Lunatic asylums United Prov. 1922-30 - 1922-1930
Year: 1922
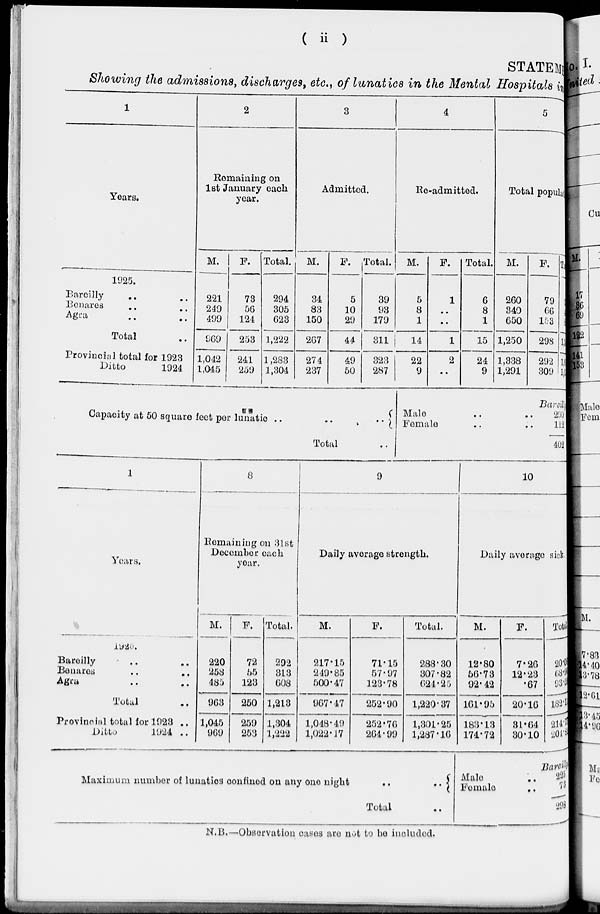
( ii )
STATEMENT
Showing the admissions, discharges, etc., of lunatics in the Mental Hospitals in
1
Years.
1925.
Bareilly .. ..
Bonares .. ..
Agra .. ..
Total ..
Provincial total for 1923
Ditto
1924
2
Remaining on
1st January each
year.
M.
221
249
499
969
1,042
1,045
F.
73
56
124
253
241
259
Total.
294
305
623
1,222
1,283
1,304
3
Admitted.
M.
34
83
150
207
274
237
F.
5
10
29
44
49
50
Total.
39
93
179
311
323
287
4
Re-admitted.
M.
5
8
1
14
22
9
F.
1
..
..
1
2
..
Total.
6
8
1
15
24
9
5
Total population
M.
260
340
650
1,250
1,338
1,291
F.
79
66
153
298
292
309
Total
339
406
803
1,548
1,600
1600
Capacity at 50 square feet per lunatic ..
Total
Male
Female
Bareilly
290
112
402
1
Years.
1925.
Bareilly .. ..
Benares .. ..
Agra .. ..
Total ..
Provincial total for 1923 ..
Ditto
1924 ..
8
Remaining on 31st
December each
year.
M.
220
258
485
963
1,045
969
F.
72
55
123
250
259
253
Total.
292
313
608
1,213
1,304
1,222
9
Daily average strength.
M.
217.15
249.85
500.47
967.47
1,048.49
1,022.17
F.
71.15
57.97
123.78
252.90
252.76
264.99
Total.
288.30
307.82
624.25
1,220.37
1,301.25
1,287.16
10
Daily average sick
M.
12.80
56.73
92.42
161.95
183.13
174.72
F.
7.26
12.23
.67
20.10
31.64
30.10
Total
20.0
68.9
93.09
182.15
214.78
201.82
Maximum number of lunatics oonfined on any one night
..
..
Total
Male
Female
Bareilly
225
73
293
N.B.— Observation cases are not to be included.